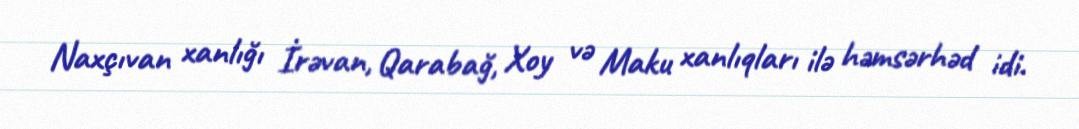
Naxçıvan xanlığı İrəvan, Qarabağ, Xoy və Maku xanlıqları ilə həmsərhəd idi.